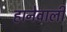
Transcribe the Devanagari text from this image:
हानेवाली